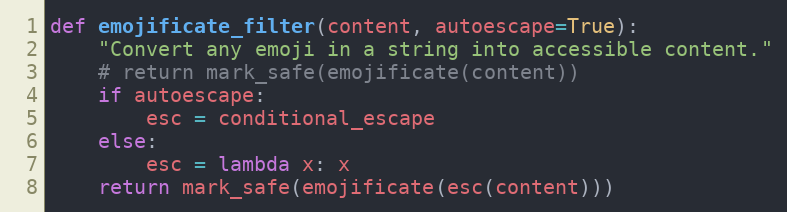
Language: Python
def emojificate_filter(content, autoescape=True):
    "Convert any emoji in a string into accessible content."
    # return mark_safe(emojificate(content))
    if autoescape:
        esc = conditional_escape
    else:
        esc = lambda x: x
    return mark_safe(emojificate(esc(content)))